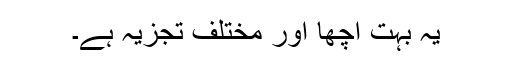
یہ بہت اچھا اور مختلف تجزیہ ہے۔